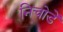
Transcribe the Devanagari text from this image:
निचोडें